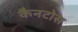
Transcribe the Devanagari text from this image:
कैनटोस